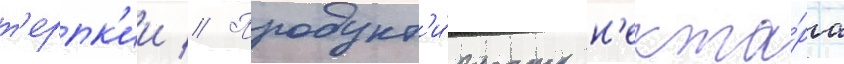
т'ерпк'ии // Продукт'и́вность н'екта́ра